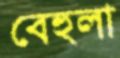
বেহুলা